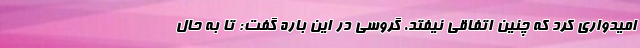
امیدواری کرد که چنین اتفاقی نیفتد. گروسی در این باره گفت: تا به حال